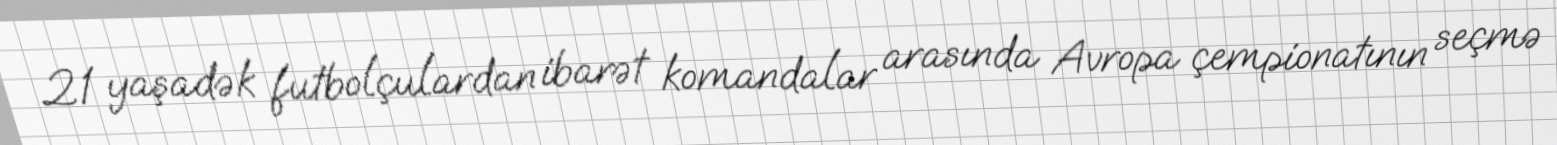
21 yaşadək futbolçulardan ibarət komandalar arasında Avropa çempionatının seçmə